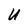
Character: U